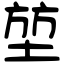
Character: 堃